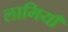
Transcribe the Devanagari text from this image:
लामियाँ